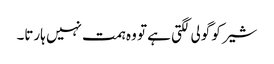
شیر کو گولی لگتی ہے تو وہ ہمت نہیں ہارتا۔